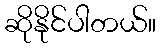
ဆိုနိုင်ပါတယ်။